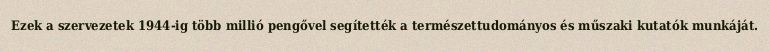
Ezek a szervezetek 1944-ig több millió pengővel segítették a természettudományos és műszaki kutatók munkáját.